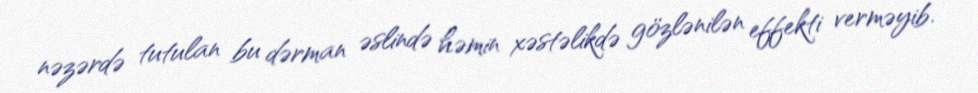
nəzərdə tutulan bu dərman əslində həmin xəstəlikdə gözlənilən effekti verməyib.